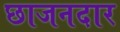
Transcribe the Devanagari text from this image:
छाजनदार